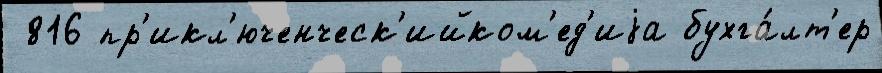
 816 пр'икл'юченческ'ийком'ед'иjа бухга́лт'ер